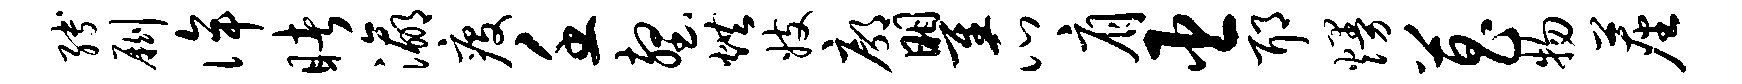
缚劂侔睹瀛疫壬壑烘妓廓瞿瓜肩臣耶熳菖物尘